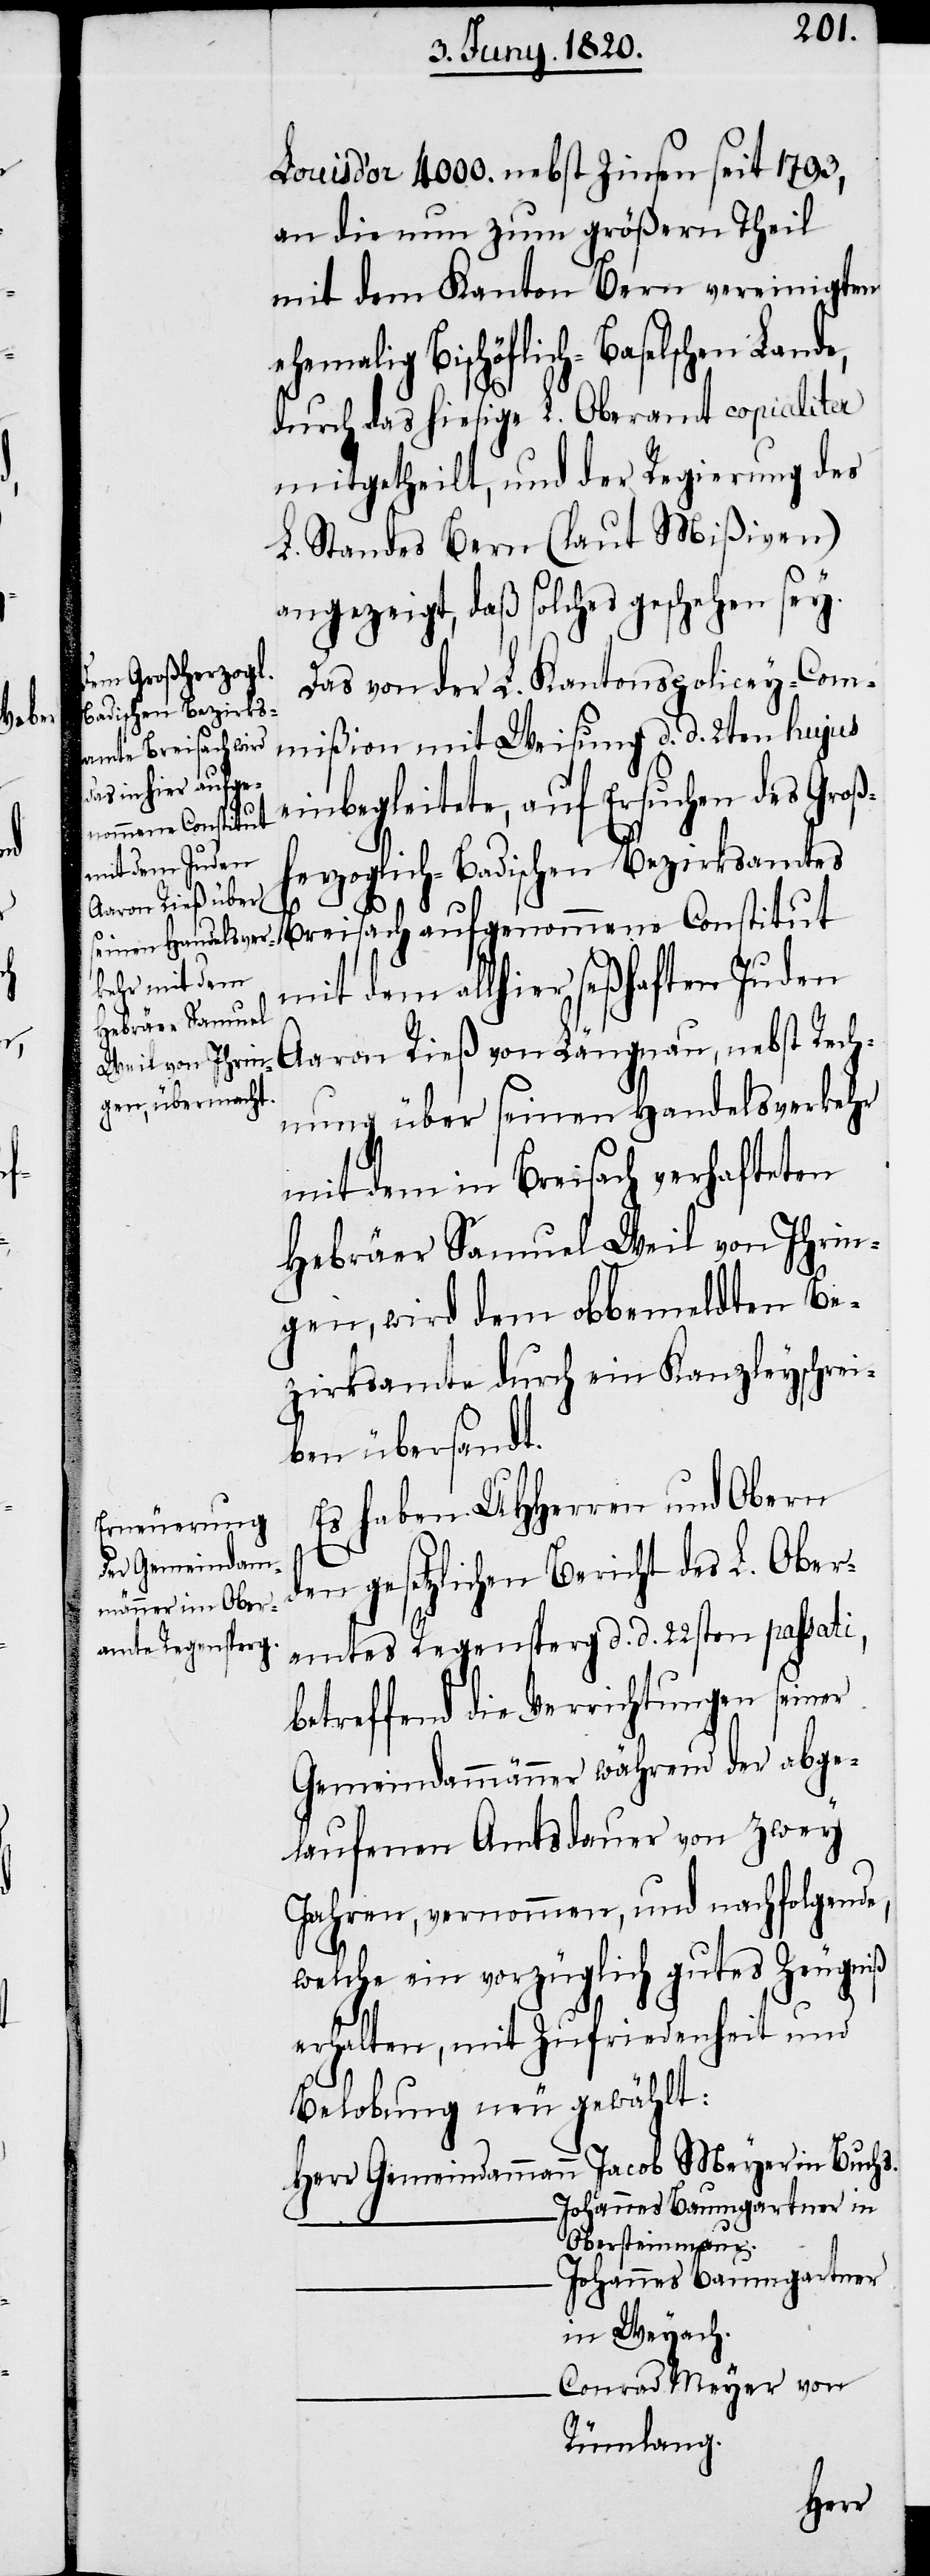
Louisd’or 4000. nebst Zinsen seit 1793,
an die nun zum größern Theil
mit dem Kanton Bern vereinigten
ehemalig Bischöflich-Baselschen Lande,
durch das hiesige L. Oberamt copialiter
mitgetheilt, und der Regierung des
L. Standes Bern (laut Mißiven)
angezeigt, daß solches geschehen sey.
Das von der L. Kantonspolicey-Com¬
miβion mit Weisung d. d. 2ten hujus
einbegleitete, auf Ersuchen des Groß¬
herzoglich-Badischen Bezirksamtes
Breisach aufgenommene Constitut
mit dem allhier seßhaften Juden
Aaron Rieß von Längnau, nebst Rech¬
nung über seinen Handelsverkehr
mit dem in Breisach verhafteten
Hebräer Samuel Weil von Ihrin¬
gen, wird dem obbemeldten Be¬
zirksamte durch ein Kanzleyschrei¬
ben übersandt.
Es haben UHHerren und Obern
den gesetzlichen Bericht des L. Ober¬
amtes Regensperg d. d. 22sten passati,
betreffend die Verrichtungen seiner
Gemeindammänner während der abge¬
laufenen Amtsdauer von zwey
Jahren, vernommen, und nachfolgende,
welche ein vorzüglich gutes Zeugniß
erhalten, mit Zufriedenheit und
Belobung neu gewählt:
Herr Gemeindammann	Jacob Meyer in Buchs.
Johannes Baumgartner in
Obersteinmaur.
Johannes Baumgartner
in Weyach.
Conrad Meyer von
Rümlang.